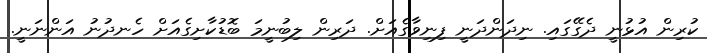
ކުރިން އުޅުނީ ދެގޭގައި. ނިދަންދަނީ ފިނިވާގެއަށް. ދަރިން ލިބުނީމަ ބޮޑުކާށިގެއަށް ހެނދުނު އަންނަނީ.